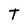
Character: T